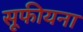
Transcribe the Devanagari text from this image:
सूफीयना